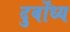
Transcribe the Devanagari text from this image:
दुर्बोंध्य